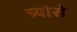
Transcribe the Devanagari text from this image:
ब्योरो